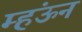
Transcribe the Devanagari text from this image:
म्हंऊन